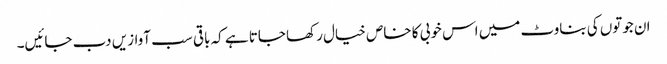
ان جوتوں کی بناوٹ میں اس خوبی کا خاص خیال رکھا جاتا ہے کہ باقی سب آوازیں دب جائیں۔